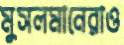
মুসলমানেরাও